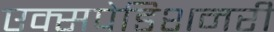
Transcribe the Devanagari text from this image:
एक्सपेडिशनरी